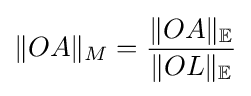
\|OA\|_{M}={\frac {\|OA\|_{\mathbb {E} }}{\|OL\|_{\mathbb {E} }}}